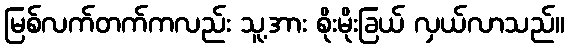
မြစ်လက်တက်ကလည်း သူ့အား စိုးမိုးခြယ် လှယ်လာသည်။